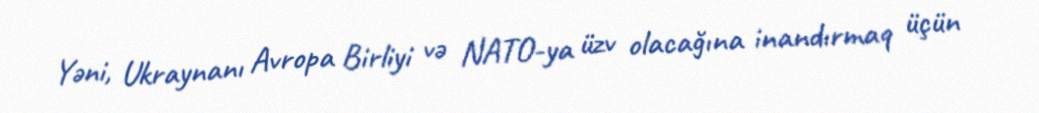
Yəni, Ukraynanı Avropa Birliyi və NATO-ya üzv olacağına inandırmaq üçün